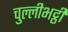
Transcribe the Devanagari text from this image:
चुल्लीभट्ठी